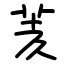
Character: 羐